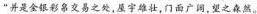
”并是金银彩帛交易之处，屋宇雄壮，门面广阔，望之森然。